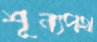
শূন্যপথ